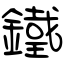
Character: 鐵